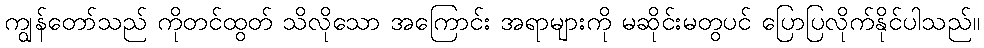
ကျွန်တော်သည် ကိုတင်ထွတ် သိလိုသော အကြောင်း အရာများကို မဆိုင်းမတွပင် ပြောပြလိုက်နိုင်ပါသည်။